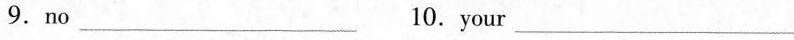
9.no__ 10. your _